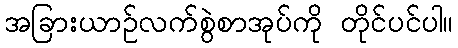
အခြားယာဉ်လက်စွဲစာအုပ်ကို တိုင်ပင်ပါ။